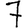
Digit: 7